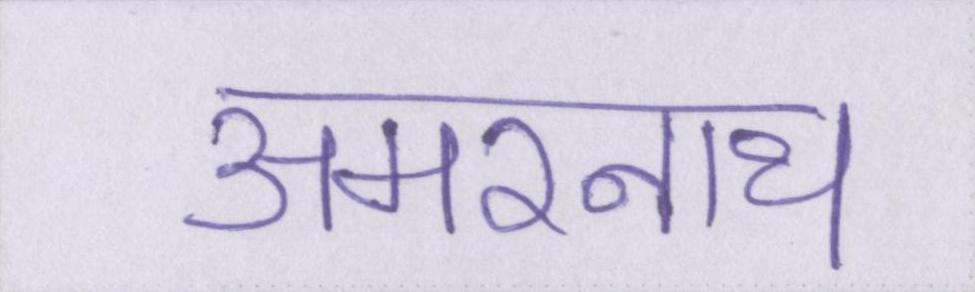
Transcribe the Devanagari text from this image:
अमरनाथ